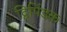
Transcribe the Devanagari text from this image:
द्विपिंडक